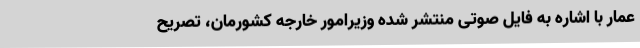
عمار با اشاره به فایل صوتی منتشر شده وزیرامور خارجه کشورمان، تصریح